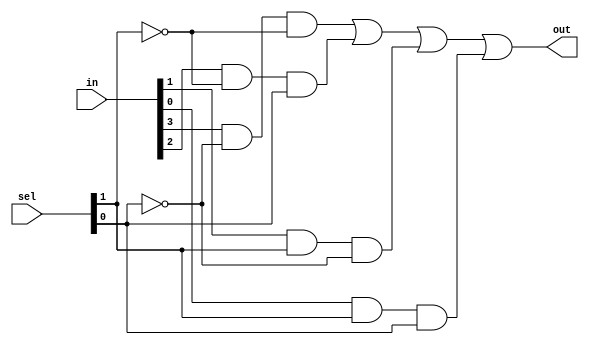
module mux4to1_gate(out,in,sel);
input [0:3] in;
input [0:1] sel;
output out;
wire a,b,c,d,n1,n2,a1,a2,a3,a4;
not n(n1,sel[1]);
not nn(n2,sel[0]);
and (a1,in[0],n1,n2);
and (a2,in[1],n2,sel[1]);
and (a3,in[2],sel[0],n1);
and (a4,in[3],sel[0],sel[1]);
or or1(out,a1,a2,a3,a4);
endmodule

module mux16to1(out,in,sel);
input [0:15] in;
input [0:3] sel;
output out;
wire [0:3] ma;
mux4to1_gate mux1(ma[0],in[0:3],sel[2:3]);
mux4to1_gate mux2(ma[1],in[4:7],sel[2:3]);
mux4to1_gate mux3(ma[2],in[8:11],sel[2:3]);
mux4to1_gate mux4(ma[3],in[12:15],sel[2:3]);
mux4to1_gate mux5(out,ma,sel[0:1]);
endmodule


module testmux_16;

 reg [0:15] in;
 reg [0:3] sel;
 wire out;

 mux16to1 mux(out,in,sel);
initial
begin
$monitor("in=%b | sel=%b | out=%b",in,sel,out);
end
initial
begin
 in=16'b1000000000000000; sel=4'b0000;
 #3 in=16'b0100000000000000; sel=4'b0001;
 #3 in=16'b0010000000000000; sel=4'b0010;
 #3 in=16'b0001000000000000; sel=4'b0011;
 #3 in=16'b0000100000000000; sel=4'b0100;
 #3 in=16'b0000010000000000; sel=4'b0101;
 #3 in=16'b0000001000000000; sel=4'b0110;
 #3 in=16'b0000000100000000; sel=4'b0111;
 #3 in=16'b0000000010000000; sel=4'b1000;
 #3 in=16'b0000000001000000; sel=4'b1001;
 #3 in=16'b0000000000100000; sel=4'b1010;
 #3 in=16'b0000000000010000; sel=4'b1011;
 #3 in=16'b0000000000001000; sel=4'b1100;
 #3 in=16'b0000000000000100; sel=4'b1101;
 #3 in=16'b0000000000000010; sel=4'b1110;
 #3 in=16'b0000000000000001; sel=4'b1111;
end
endmodule